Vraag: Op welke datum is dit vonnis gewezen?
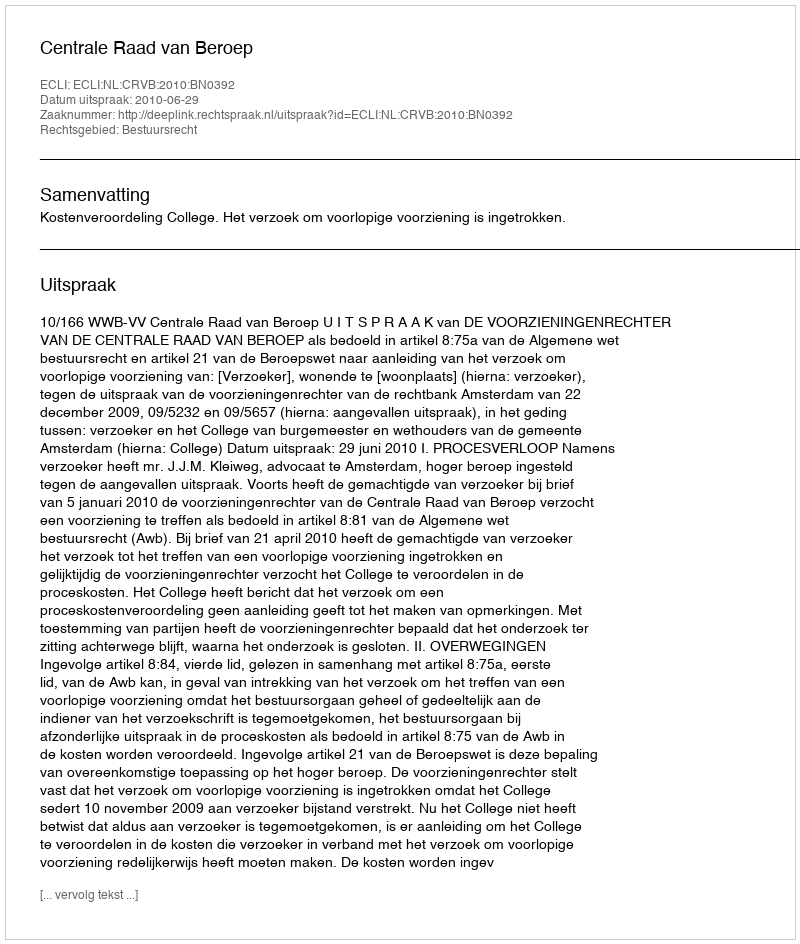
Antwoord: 2010-06-29